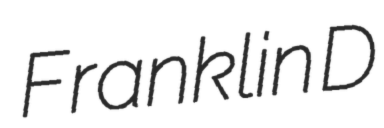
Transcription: Franklin D